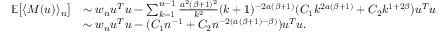
\begin{array} { r l } { \mathbb { E } \big [ \langle M ( u ) \rangle _ { n } \big ] } & { \sim w _ { n } u ^ { T } u - \sum _ { k = 1 } ^ { n - 1 } \frac { a ^ { 2 } ( \beta + 1 ) ^ { 2 } } { k ^ { 2 } } ( k + 1 ) ^ { - 2 a ( \beta + 1 ) } ( C _ { 1 } k ^ { 2 a ( \beta + 1 ) } + C _ { 2 } k ^ { 1 + 2 \beta } ) u ^ { T } u } \\ & { \sim w _ { n } u ^ { T } u - ( C _ { 1 } n ^ { - 1 } + C _ { 2 } n ^ { - 2 ( a ( \beta + 1 ) - \beta ) } ) u ^ { T } u . } \end{array}